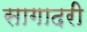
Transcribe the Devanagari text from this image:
सागादरी